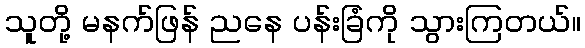
သူတို့ မနက်ဖြန် ညနေ ပန်းခြံကို သွားကြတယ်။